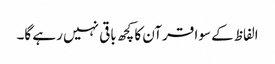
الفاظ کے سوا قرآن کا کچھ باقی نہیں رہے گا۔